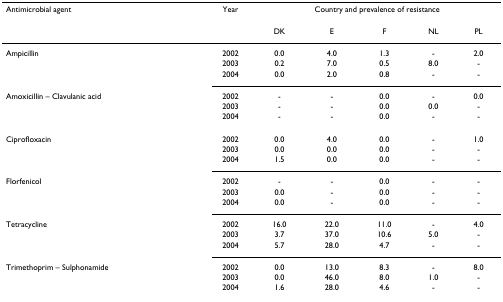
<table><thead><tr><td><b>Antimicrobial agent</b></td><td><b>Year</b></td><td colspan="5"><b>Country and prevalence of resistance</b></td></tr><tr><td></td><td></td><td><b>DK</b></td><td><b>E</b></td><td><b>F</b></td><td><b>NL</b></td><td><b>PL</b></td></tr></thead><tbody><tr><td>Ampicillin</td><td>2002</td><td>0.0</td><td>4.0</td><td>1.3</td><td>-</td><td>2.0</td></tr><tr><td></td><td>2003</td><td>0.2</td><td>7.0</td><td>0.5</td><td>8.0</td><td>-</td></tr><tr><td></td><td>2004</td><td>0.0</td><td>2.0</td><td>0.8</td><td>-</td><td>-</td></tr><tr><td>Amoxicillin – Clavulanic acid</td><td>2002</td><td>-</td><td>-</td><td>0.0</td><td>-</td><td>0.0</td></tr><tr><td></td><td>2003</td><td>-</td><td>-</td><td>0.0</td><td>0.0</td><td>-</td></tr><tr><td></td><td>2004</td><td>-</td><td>-</td><td>0.0</td><td>-</td><td>-</td></tr><tr><td>Ciprofloxacin</td><td>2002</td><td>0.0</td><td>4.0</td><td>0.0</td><td>-</td><td>1.0</td></tr><tr><td></td><td>2003</td><td>0.0</td><td>0.0</td><td>0.0</td><td>-</td><td>-</td></tr><tr><td></td><td>2004</td><td>1.5</td><td>0.0</td><td>0.0</td><td>-</td><td>-</td></tr><tr><td>Florfenicol</td><td>2002</td><td>-</td><td>-</td><td>0.0</td><td>-</td><td>-</td></tr><tr><td></td><td>2003</td><td>0.0</td><td>-</td><td>0.0</td><td>-</td><td>-</td></tr><tr><td></td><td>2004</td><td>0.0</td><td>-</td><td>0.0</td><td>-</td><td>-</td></tr><tr><td>Tetracycline</td><td>2002</td><td>16.0</td><td>22.0</td><td>11.0</td><td>-</td><td>4.0</td></tr><tr><td></td><td>2003</td><td>3.7</td><td>37.0</td><td>10.6</td><td>5.0</td><td>-</td></tr><tr><td></td><td>2004</td><td>5.7</td><td>28.0</td><td>4.7</td><td>-</td><td>-</td></tr><tr><td>Trimethoprim – Sulphonamide</td><td>2002</td><td>0.0</td><td>13.0</td><td>8.3</td><td>-</td><td>8.0</td></tr><tr><td></td><td>2003</td><td>0.0</td><td>46.0</td><td>8.0</td><td>1.0</td><td>-</td></tr><tr><td></td><td>2004</td><td>1.6</td><td>28.0</td><td>4.6</td><td>-</td><td>-</td></tr></tbody></table>